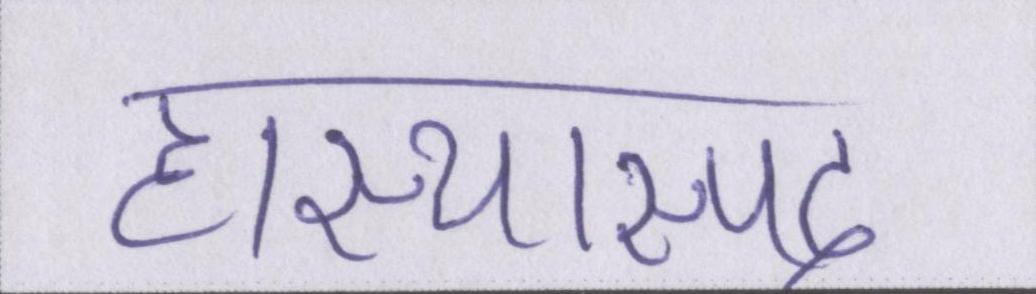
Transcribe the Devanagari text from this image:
हास्यास्पद